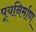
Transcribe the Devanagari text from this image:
पूयनिर्माण